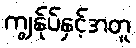
ကျွန်ုပ်နှင့်အတူ